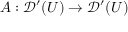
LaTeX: A : { \mathcal { D } } ^ { \prime } ( U ) \to { \mathcal { D } } ^ { \prime } ( U )